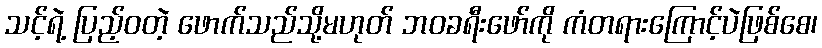
သင့်ရဲ့ ပြည့်ဝတဲ့ ဖောက်သည်သို့မဟုတ် ဘဝခရီးဖော်ကို ကံတရားကြောင့်ပဲဖြစ်စေ၊